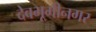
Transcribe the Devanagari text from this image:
देवभूमीनगर